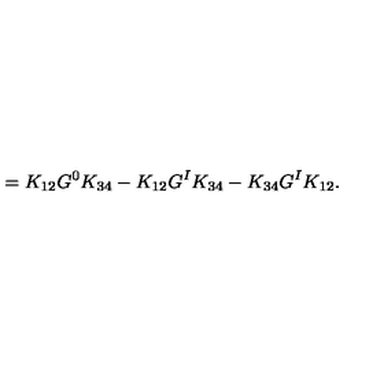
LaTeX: = K _ { 1 2 } G ^ { 0 } K _ { 3 4 } - K _ { 1 2 } G ^ { I } K _ { 3 4 } - K _ { 3 4 } G ^ { I } K _ { 1 2 } .